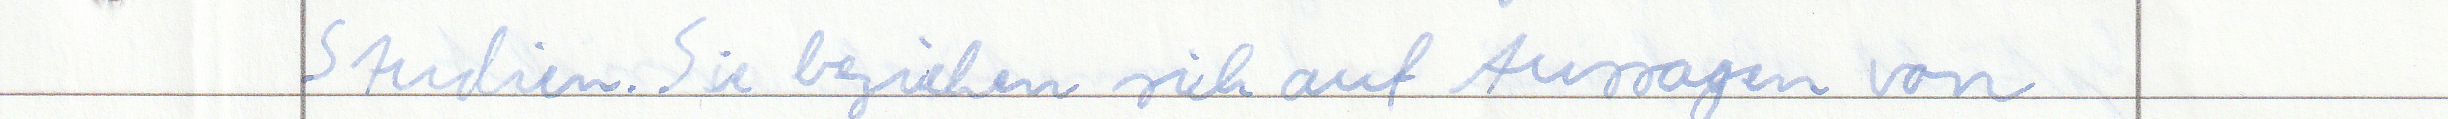
Studien. Sie beziehen sich auf Aussagen von